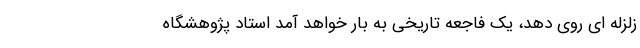
زلزله ای روی دهد، یک فاجعه تاریخی به بار خواهد آمد استاد پژوهشگاه